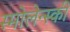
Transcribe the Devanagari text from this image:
स्मोलेन्स्की